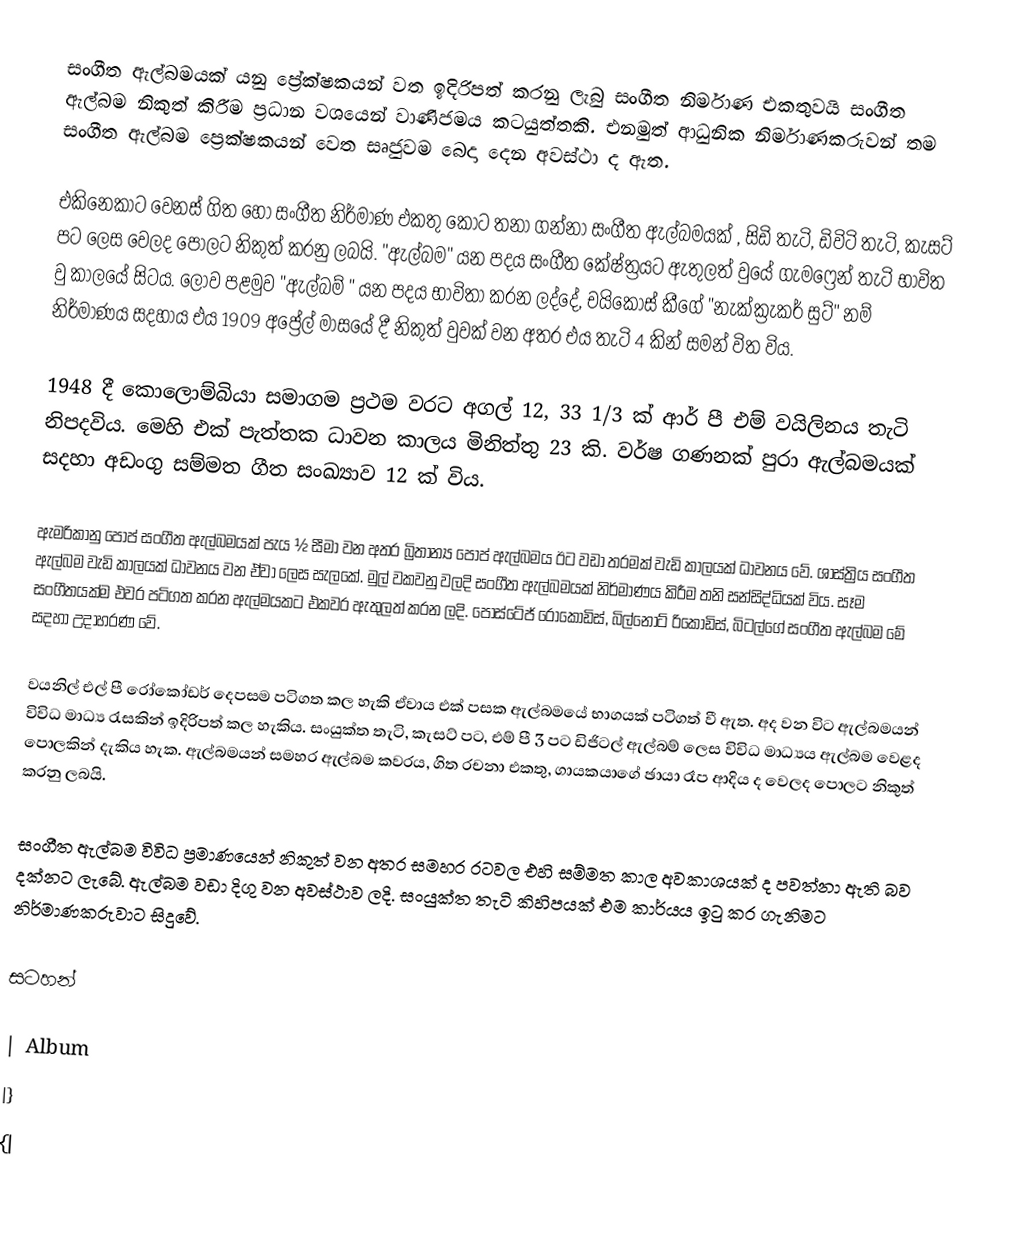
සංගීත ඇල්බමයක් යනු ප්‍රේක්ෂකයන් වත ඉදිරිපත් කරනු ලැබු සංගීත නිර්මාණ එකතුවයි සංගීත ඇල්බම නිකුත් කිරීම ප්‍රධාන වශයෙන් වාණිජමය කටයුත්තකි. එනමුත් ආධුනික නිර්මාණකරුවන් තම සංගීත ඇල්බම ප්‍රෙක්ෂකයන් වෙත සෘජුවම බෙදා දෙන අවස්ථා ද ඇත.

එකිනෙකාට වෙනස් ගිත හෝ සංගීත නිර්මාණ එකතු කොට තනා ගන්නා සංගීත ඇල්බමයක් , සිඩි තැටි, ඩිවිටි තැටි, කැසට් පට ලෙස වෙලද පොලට නිකුත් කරනු ලබයි. "ඇල්බම" යන පදය සංගීත ‍කේෂ්ත්‍රයට ඇතුලත් වුයේ ගැමෆ්‍රෙන් තැටි භාවිත වු කාලයේ සිටය. ලොව පළමුව "ඇල්බම් " යන පදය භාවිතා කරන ලද්දේ, චයිකෝස් කීගේ "නැක්ක්‍රැකර් සුට්" නම් නිර්මාණය සදහාය එය 1909 අප්‍රේල් මාසයේ දී නිකුත් වුවක් වන අතර එය තැටි 4 කින් සමන් විත විය.

1948 දී කොලොම්බියා සමාගම ප්‍රථම වරට අගල් 12, 33 1/3 ක් ආර් පී එම් වයිලිනය තැටි නිපදවිය. මෙහි එක් පැත්තක ධාවන කාලය මිනිත්තු 23 කි. වර්ෂ ගණනක් පුරා ඇල්බමයක් සදහා අඩංගු සම්මත ගීත සංඛ්‍යාව 12 ක් විය.

ඇමරිකානු පොප් සංගීත ඇල්බමයක් පැය ½ සීමා වන අතර බ්‍රිතාන්‍ය පොප් ඇල්බමය ඊට වඩා තරමක් වැඩි කාලයක් ධාවනය වේ. ශාස්ත්‍රිය සංගීත ඇල්බම වැඩි කාලයක් ධාවනය වන ඒවා ලෙස සැලකේ. මුල් වකවනු වලදි සංගීත ඇල්බමයක් නිර්මාණය කිරීම තනි සන්සිද්ධියක් විය. සෑම සංගීතයක්ම එවර පටිගත කරන ඇල්මයකට එකවර ඇතුලත් කරන ලදි. පොස්ටේජ් රොකොඩිස්, බිල්නෝට් රිකොඩිස්, බිටල්ගේ සංගීත ඇල්බම මේ සදහා උදාහරණ වේ.

වයනිල් එල් පී රෝකෝඩර් දෙපසම පටිගත කල හැකි ඒවාය එක් පසක ඇල්බමයේ භාගයක් පටිගත් වී ඇත. අද වන විට ඇල්බමයන් විවිධ මාධ්‍ය රැසකින් ඉදිරිපත් කල හැකිය. සංයුක්ත තැටි, කැසට් පට, එම් පී 3 පට ඩිජිටල් ඇල්බම් ලෙස විවිධ මාධ්‍යය ඇල්බම වෙළද පොලකින් දැකිය හැක. ඇල්බමයන් සමහර ඇල්බම කවරය, ගිත රචනා එකතු, ගායකයාගේ ඡායා රෑප ආදිය ද වෙලද පොලට නිකුත් කරනු ලබයි.

සංගීත ඇල්බම විවිධ ප්‍රමාණයෙන් නිකුත් වන අතර සමහර රටවල එහි සම්මත කාල අවකාශයක් ද පවත්නා ඇති බව දක්නට ලැබේ. ඇල්බම වඩා දිගු වන අවස්ථාව ලදි. සංයුක්ත තැටි කිහිපයක් එම කාර්යය ඉටු කර ගැනිමට නිර්මාණකරුවාට සිදුවේ.

සටහන්

| Album
|}
{|